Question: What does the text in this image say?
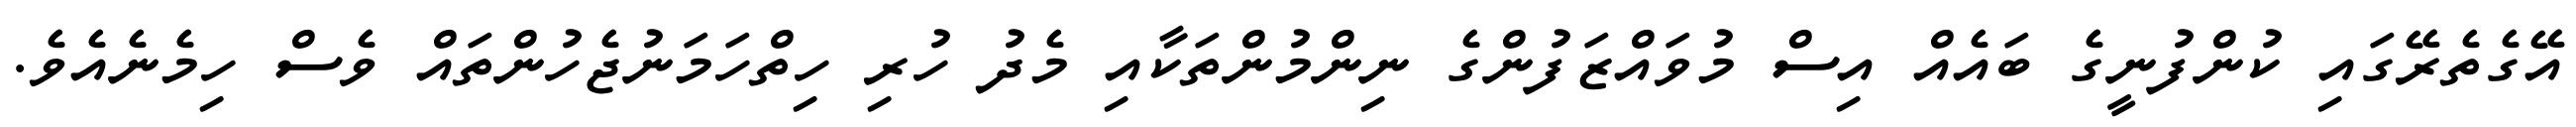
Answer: އޭގެތެރޭގައި ކުންފުނީގެ ބައެއް އިސް މުވައްޒަފުންގެ ނިންމުންތަކާއި މެދު ހުރި ހިތްހަމަނުޖެހުންތައް ވެސް ހިމެނެއެވެ.